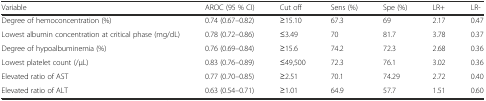
| Variable | AROC (95 % CI) | Cut off | Sens (%) | Spe (%) | LR+ | LR- |
 | --- | --- | --- | --- | --- | --- | --- |
 | Degree of hemoconcentration (%) | 0.74 (0.67–0.82) | ≥15.10 | 67.3 | 69 | 2.17 | 0.47 |
 | Lowest albumin concentration at critical phase (mg/dL) | 0.78 (0.72–0.86) | ≤3.49 | 70 | 81.7 | 3.78 | 0.37 |
 | Degree of hypoalbuminemia (%) | 0.76 (0.69–0.84) | ≥15.6 | 74.2 | 72.3 | 2.68 | 0.36 |
 | Lowest platelet count (/μL) | 0.83 (0.76–0.89) | ≤49,500 | 72.3 | 76.1 | 3.02 | 0.36 |
 | Elevated ratio of AST | 0.77 (0.70–0.85) | ≥2.51 | 70.1 | 74.29 | 2.72 | 0.40 |
 | Elevated ratio of ALT | 0.63 (0.54–0.71) | ≥1.01 | 64.9 | 57.7 | 1.51 | 0.60 |